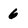
Character: 6